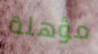
مؤهلة